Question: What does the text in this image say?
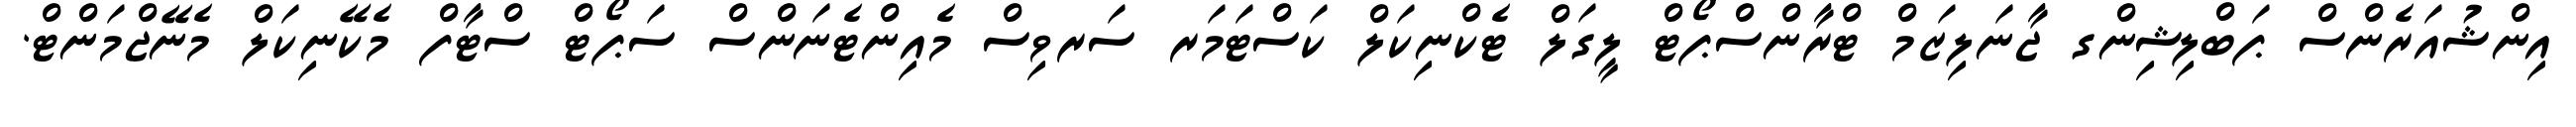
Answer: އިންޝުއަރެންސް ޕަބްލިޝިންގ ޖާނަލިޒަމް ޓްރާންސްޕޯޓް ލީގަލް ޓެކްނިކަލް ކަސްޓަމަރ ސަރވިސް މެއިންޓެނަންސް ސަޕޯޓް ސްޓާފް މެކޭނިކަލް މެނޭޖްމަންޓް.